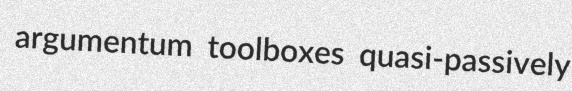
argumentum toolboxes quasi-passively